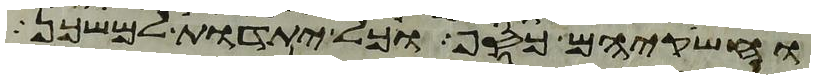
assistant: וחשקיהם כסף וכל יתדות למשכן